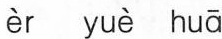
èr yuè huā